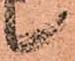
候